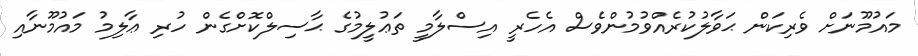
މައުމޫނަށް ވެރިކަން ޙަވާލުކުރެއްވުމުންވެސް އެހެރީ އިސްލާމީ ތަޢުލީމުގެ ޙާސިލްކޮށްގެން ހުރި ޢާލިމު މައުމޫނާއި